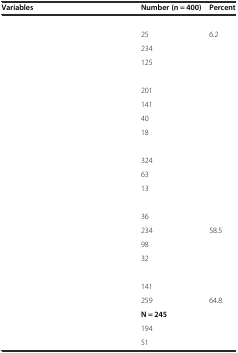
<table><thead><tr><td><b>Variables</b></td><td><b>Number (n = 400)</b></td><td><b>Percent</b></td></tr></thead><tbody><tr><td>[EMPTY_CELL]</td><td>[EMPTY_CELL]</td><td>[EMPTY_CELL]</td></tr><tr><td>[EMPTY_CELL]</td><td>25</td><td>6.2</td></tr><tr><td>[EMPTY_CELL]</td><td>234</td><td>[EMPTY_CELL]</td></tr><tr><td>[EMPTY_CELL]</td><td>125</td><td>[EMPTY_CELL]</td></tr><tr><td>[EMPTY_CELL]</td><td>[EMPTY_CELL]</td><td>[EMPTY_CELL]</td></tr><tr><td>[EMPTY_CELL]</td><td>201</td><td>[EMPTY_CELL]</td></tr><tr><td>[EMPTY_CELL]</td><td>141</td><td>[EMPTY_CELL]</td></tr><tr><td>[EMPTY_CELL]</td><td>40</td><td>[EMPTY_CELL]</td></tr><tr><td>[EMPTY_CELL]</td><td>18</td><td>[EMPTY_CELL]</td></tr><tr><td>[EMPTY_CELL]</td><td>[EMPTY_CELL]</td><td>[EMPTY_CELL]</td></tr><tr><td>[EMPTY_CELL]</td><td>324</td><td>[EMPTY_CELL]</td></tr><tr><td>[EMPTY_CELL]</td><td>63</td><td>[EMPTY_CELL]</td></tr><tr><td>[EMPTY_CELL]</td><td>13</td><td>[EMPTY_CELL]</td></tr><tr><td>[EMPTY_CELL]</td><td>[EMPTY_CELL]</td><td>[EMPTY_CELL]</td></tr><tr><td>[EMPTY_CELL]</td><td>36</td><td>[EMPTY_CELL]</td></tr><tr><td>[EMPTY_CELL]</td><td>234</td><td>58.5</td></tr><tr><td>[EMPTY_CELL]</td><td>98</td><td>[EMPTY_CELL]</td></tr><tr><td>[EMPTY_CELL]</td><td>32</td><td>[EMPTY_CELL]</td></tr><tr><td>[EMPTY_CELL]</td><td>[EMPTY_CELL]</td><td>[EMPTY_CELL]</td></tr><tr><td>[EMPTY_CELL]</td><td>141</td><td>[EMPTY_CELL]</td></tr><tr><td>[EMPTY_CELL]</td><td>259</td><td>64.8</td></tr><tr><td>[EMPTY_CELL]</td><td><b>N = 245</b></td><td>[EMPTY_CELL]</td></tr><tr><td>[EMPTY_CELL]</td><td>194</td><td>[EMPTY_CELL]</td></tr><tr><td>[EMPTY_CELL]</td><td>51</td><td>[EMPTY_CELL]</td></tr></tbody></table>